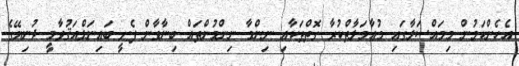
އެހެންކަމުން މިމައްސަލާގައި މުޢާމަލާތްކުރާ ގޮތްތަކާއި ނިންމާ ނިންމުންތައް ބިނާވާން ފެށީ ބައިނަލްއަޤުވާމީ ދުނިޔޭގެ